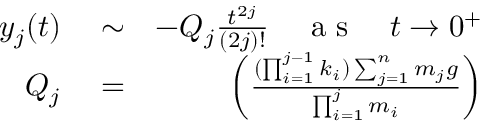
\begin{array} { r l r } { y _ { j } ( t ) } & { { } \sim } & { - Q _ { j } \frac { t ^ { 2 j } } { ( 2 j ) ! } \quad \mathrm { ~ a ~ s ~ } \quad t \rightarrow 0 ^ { + } } \\ { Q _ { j } } & { { } = } & { \left( \frac { ( \prod _ { i = 1 } ^ { j - 1 } k _ { i } ) \sum _ { j = 1 } ^ { n } m _ { j } g } { \prod _ { i = 1 } ^ { j } m _ { i } } \right) } \end{array}